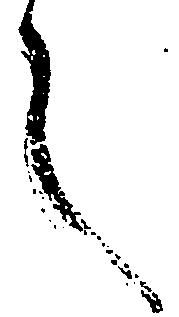
言